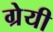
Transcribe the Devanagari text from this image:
ग्रेयी